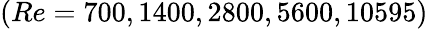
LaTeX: (Re=700,1400,2800,5600,10595)